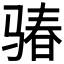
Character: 𩨁